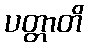
ပတ္တာတိ